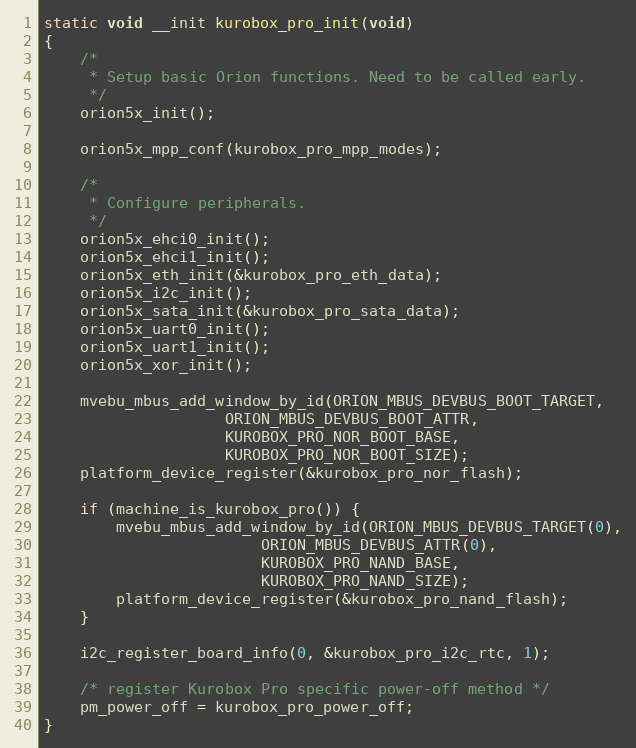
Language: C
static void __init kurobox_pro_init(void)
{
	/*
	 * Setup basic Orion functions. Need to be called early.
	 */
	orion5x_init();

	orion5x_mpp_conf(kurobox_pro_mpp_modes);

	/*
	 * Configure peripherals.
	 */
	orion5x_ehci0_init();
	orion5x_ehci1_init();
	orion5x_eth_init(&kurobox_pro_eth_data);
	orion5x_i2c_init();
	orion5x_sata_init(&kurobox_pro_sata_data);
	orion5x_uart0_init();
	orion5x_uart1_init();
	orion5x_xor_init();

	mvebu_mbus_add_window_by_id(ORION_MBUS_DEVBUS_BOOT_TARGET,
				    ORION_MBUS_DEVBUS_BOOT_ATTR,
				    KUROBOX_PRO_NOR_BOOT_BASE,
				    KUROBOX_PRO_NOR_BOOT_SIZE);
	platform_device_register(&kurobox_pro_nor_flash);

	if (machine_is_kurobox_pro()) {
		mvebu_mbus_add_window_by_id(ORION_MBUS_DEVBUS_TARGET(0),
					    ORION_MBUS_DEVBUS_ATTR(0),
					    KUROBOX_PRO_NAND_BASE,
					    KUROBOX_PRO_NAND_SIZE);
		platform_device_register(&kurobox_pro_nand_flash);
	}

	i2c_register_board_info(0, &kurobox_pro_i2c_rtc, 1);

	/* register Kurobox Pro specific power-off method */
	pm_power_off = kurobox_pro_power_off;
}